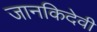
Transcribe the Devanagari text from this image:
जानकिदेवी